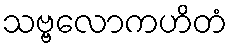
သဗ္ဗလောကဟိတံ